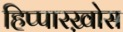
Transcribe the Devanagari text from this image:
हिप्पारख़ोस